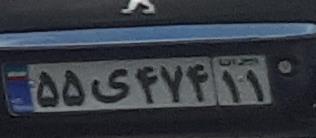
۵۵ی۴۷۴۱۱